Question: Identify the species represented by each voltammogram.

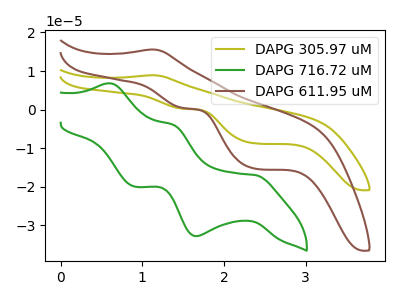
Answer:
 <answer>The olive curve is labeled "DAPG 305.97 uM". The green curve is labeled "DAPG 716.72 uM". The brown curve is labeled "DAPG 611.95 uM".</answer>
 <eval></eval>